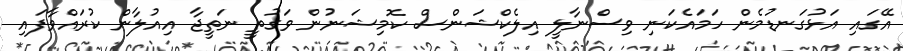
އޭގައި އަޅުގަނޑުމެން ހަމައެކަނި ވިސްނާލީ އިލެކްޝަންސް ކޮމިޝަނުން ވަގުތީ ނަތީޖާ އިއުލާން ކުރައްވާފައި